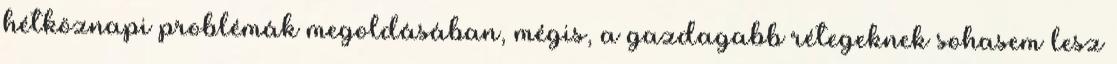
hétköznapi problémák megoldásában, mégis, a gazdagabb rétegeknek sohasem lesz